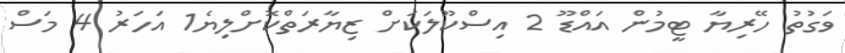
ވަގުތު ހޭރިޔާ ޓީމުން އައްޑޫ 2 އިސްކޫލަކަށް ޒިޔާރަތްކޮށްލިޔެ1 އަހަރު 4 މަސް